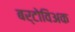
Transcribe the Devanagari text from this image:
बर्टोविअक